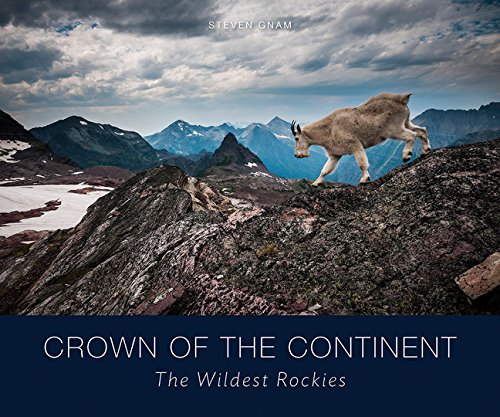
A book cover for Crown of the Continent: The Wildest Rockies; Steven Gnam; Science & Math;